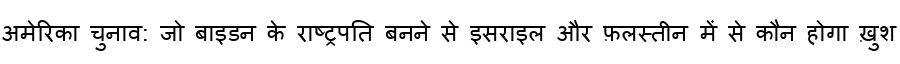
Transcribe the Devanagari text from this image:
अमेरिका चुनाव: जो बाइडन के राष्ट्रपति बनने से इसराइल और फ़लस्तीन में से कौन होगा ख़ुश